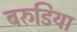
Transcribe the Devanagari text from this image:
बरुडिया